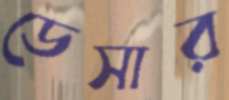
ডেসার